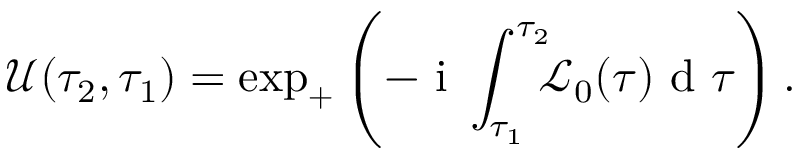
\mathscr { U } ( \tau _ { 2 } , \tau _ { 1 } ) = \exp _ { + } \left( - \ensuremath { \mathrm { ~ i ~ } } \int _ { \tau _ { 1 } } ^ { \tau _ { 2 } } \! \! \! \mathscr { L } _ { 0 } ( \tau ) \ensuremath { \mathrm { ~ d ~ } } \tau \right) .